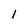
Character: 1